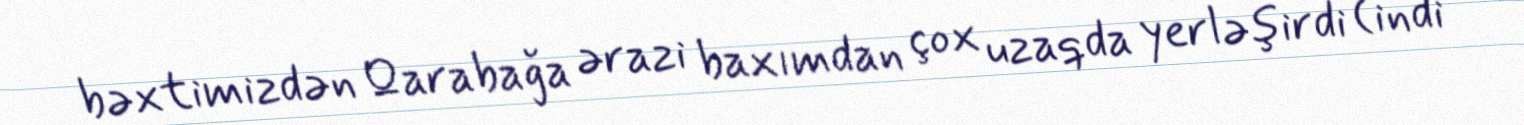
bəxtimizdən Qarabağa ərazi baxımdan çox uzaqda yerləşirdi (indi